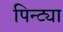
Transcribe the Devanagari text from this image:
पिन्ट्या